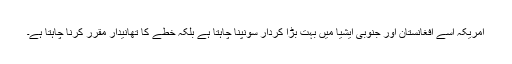
امریکہ اسے افغانستان اور جنوبی ایشیا میں بہت بڑا کردار سونپنا چاہتا ہے بلکہ خطے کا تھانیدار مقرر کرنا چاہتا ہے۔